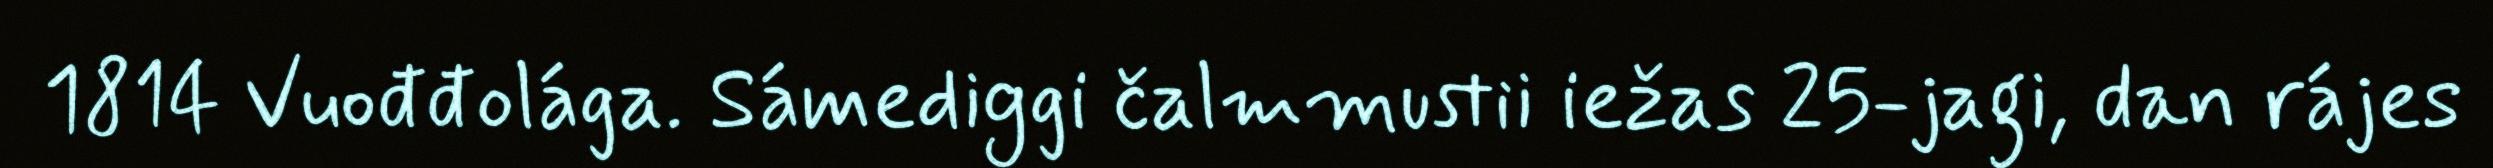
1814 Vuođđolága. Sámediggi čalmmustii iežas 25-jagi, dan rájes